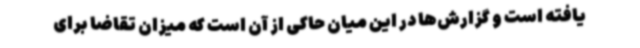
یافته است و گزارش‌ها در این میان حاکی از آن است که میزان تقاضا برای